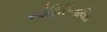
ઓફિસિનાલિસ